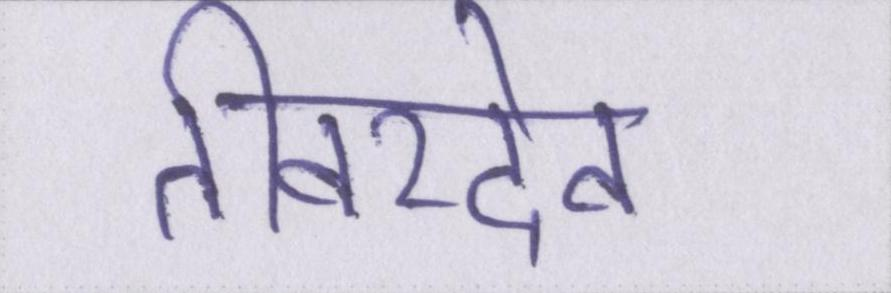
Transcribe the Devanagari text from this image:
तीवरदेव